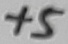
Text: +5